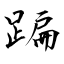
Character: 蹁